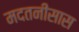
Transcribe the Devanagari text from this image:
मदतनीसास